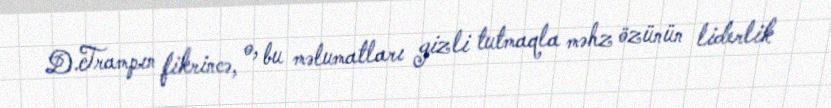
D.Trampın fikrincə, o, bu məlumatları gizli tutmaqla məhz özünün liderlik